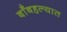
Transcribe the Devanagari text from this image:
बाँबहल्यात